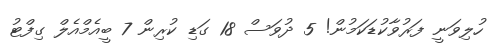
ހުލިވަނީ ފަރުވާކުޑަކަމުން! 5 ދުވަސް 18 ގަޑި ކުރިން 7 ބީއެމްއެލް ގިފްޓު